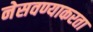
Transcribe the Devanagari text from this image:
नेसवण्याकरता